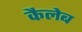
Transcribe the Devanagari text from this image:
कैलेब